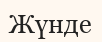
Жүнде